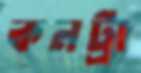
কনট্রা